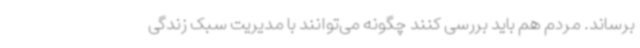
برساند. مردم هم باید بررسی کنند چگونه می‌توانند با مدیریت سبک زندگی